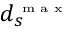
d _ { s } ^ { \textrm { \tiny m a x } }